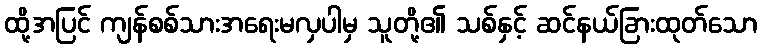
ထို့အပြင် ကျန်စစ်သားအရေးမလှပါမှ သူတို့၏ သစ်နှင့် ဆင်နယ်ခြားထုတ်သော